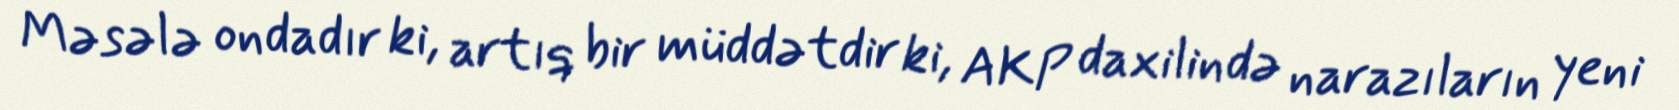
Məsələ ondadır ki, artıq bir müddətdir ki, AKP daxilində narazıların yeni